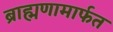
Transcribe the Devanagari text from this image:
ब्राह्मणामार्फत